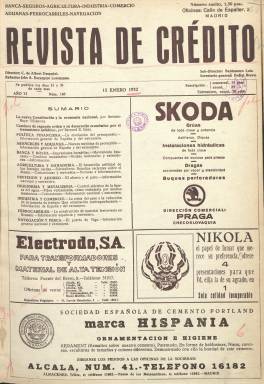
Título: Revista de crédito
Colección: Economía
Ámbito geográfico: Madrid
Lugar de publicación: Madrid
Fechas: 15/01/1932-15/07/1936

Publicación quincenal de economía, que debió aparecer en torno al año 1927. La colección de este título en la Biblioteca Nacional de España (BNE) comprende desde el número 140, en su sexto año de edición, correspondiente al 15 de enero de 1932, hasta el 240, del 15 de julio de 1936, y, probablemente, debió  dejar de publicarse tras al estallar la guerra civil. En su cabecera aparecen indicados los nombres de su director, C. de Albert Despujol; subdirector, Baldomero Lois; redactor jefe, A. Excarpizo Lorenzana, y del secretario general de la publicación, Pedro Bravo. Sólo los dos primeros firmarán artículos en la revista, y el director, indicará en algún momento que es exdiputado a Cortes, y, efectivamente, el abogado, comerciante y después escritor Carlos de Albert Despujol (1890-1962) había sido elegido diputado con filiación demócrata por La Coruña en 1920 y 1923.

En su cabecera también indica los asuntos de los que trata. Prácticamente los abarca todos: banca y bolsa, seguros, agricultura y ganadería, industria y comercio, aranceles y aduanas, ferrocarriles, navegación y pesca o política financiera, así como ingeniería y metalurgia y previsión y ahorro, con cuyos epígrafes titula sus secciones. La revista lleva una cubierta (no siempre incluida en la colección de la BNE) y su paginación supera, generalmente, las cuarenta páginas, compuestas a dos columnas e impresas en papel cuché. No inserta fotograbados en su parte redaccional, aunque su abundante publicidad comercial, llevará algunos de las fábricas y productos de sus anunciantes. Apareció los días uno y quince de cada mes.

En cada entrega inserta sumario y suele comenzar con un artículo sobre política económica o financiera, y, precisamente, la primera de la colección de la BNE lleva el título La nueva Constitución y la economía nacional, firmado por uno de sus colaboradores, el diputado por la minoría agraria de derechas Antonio Royo Villanova (1869-1958). Sus contenidos son estudios, análisis e información sobre la situación de los bancos y entidades financieras, los cambios monetarios, las bolsas nacionales y extranjeras, las cotizaciones de los mercados, los balances y situación de las principales empresas, el comercio exterior, la política de salarios, la producción agraria, los presupuestos estatales, la situación ferroviaria, los seguros de accidentes o los tratados comerciales, entre otros muchos de la actividad económica española durante su periodo republicano.